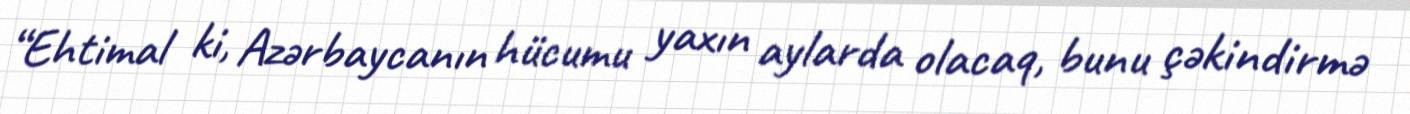
“Ehtimal ki, Azərbaycanın hücumu yaxın aylarda olacaq, bunu çəkindirmə